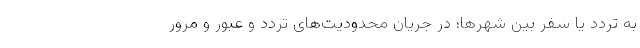
به تردد یا سفر بین شهرها؛ در جریان محدودیت‌های تردد و عبور و مرور